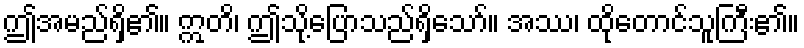
ဤအမည်ရှိ၏။ ဣတိ၊ ဤသို့ပြောသည်ရှိသော်။ အဿ၊ ထိုတောင်သူကြီး၏။